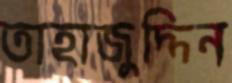
তাহাজুদ্দিন